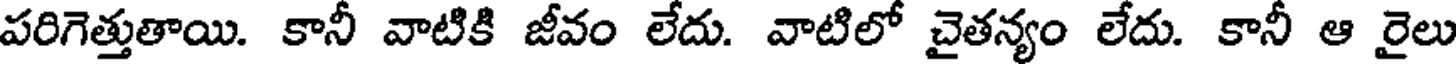
పరిగెత్తుతాయి. కానీ వాటికి జీవం లేదు. వాటిలో చైతన్యం లేదు. కానీ ఆ రైలు